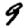
Digit: 9